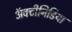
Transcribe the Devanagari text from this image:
अॅक्टीनिडिया